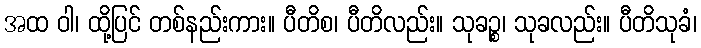
အထ ဝါ၊ ထို့ပြင် တစ်နည်းကား။ ပီတိစ၊ ပီတိလည်း။ သုခဉ္စ၊ သုခလည်း။ ပီတိသုခံ၊